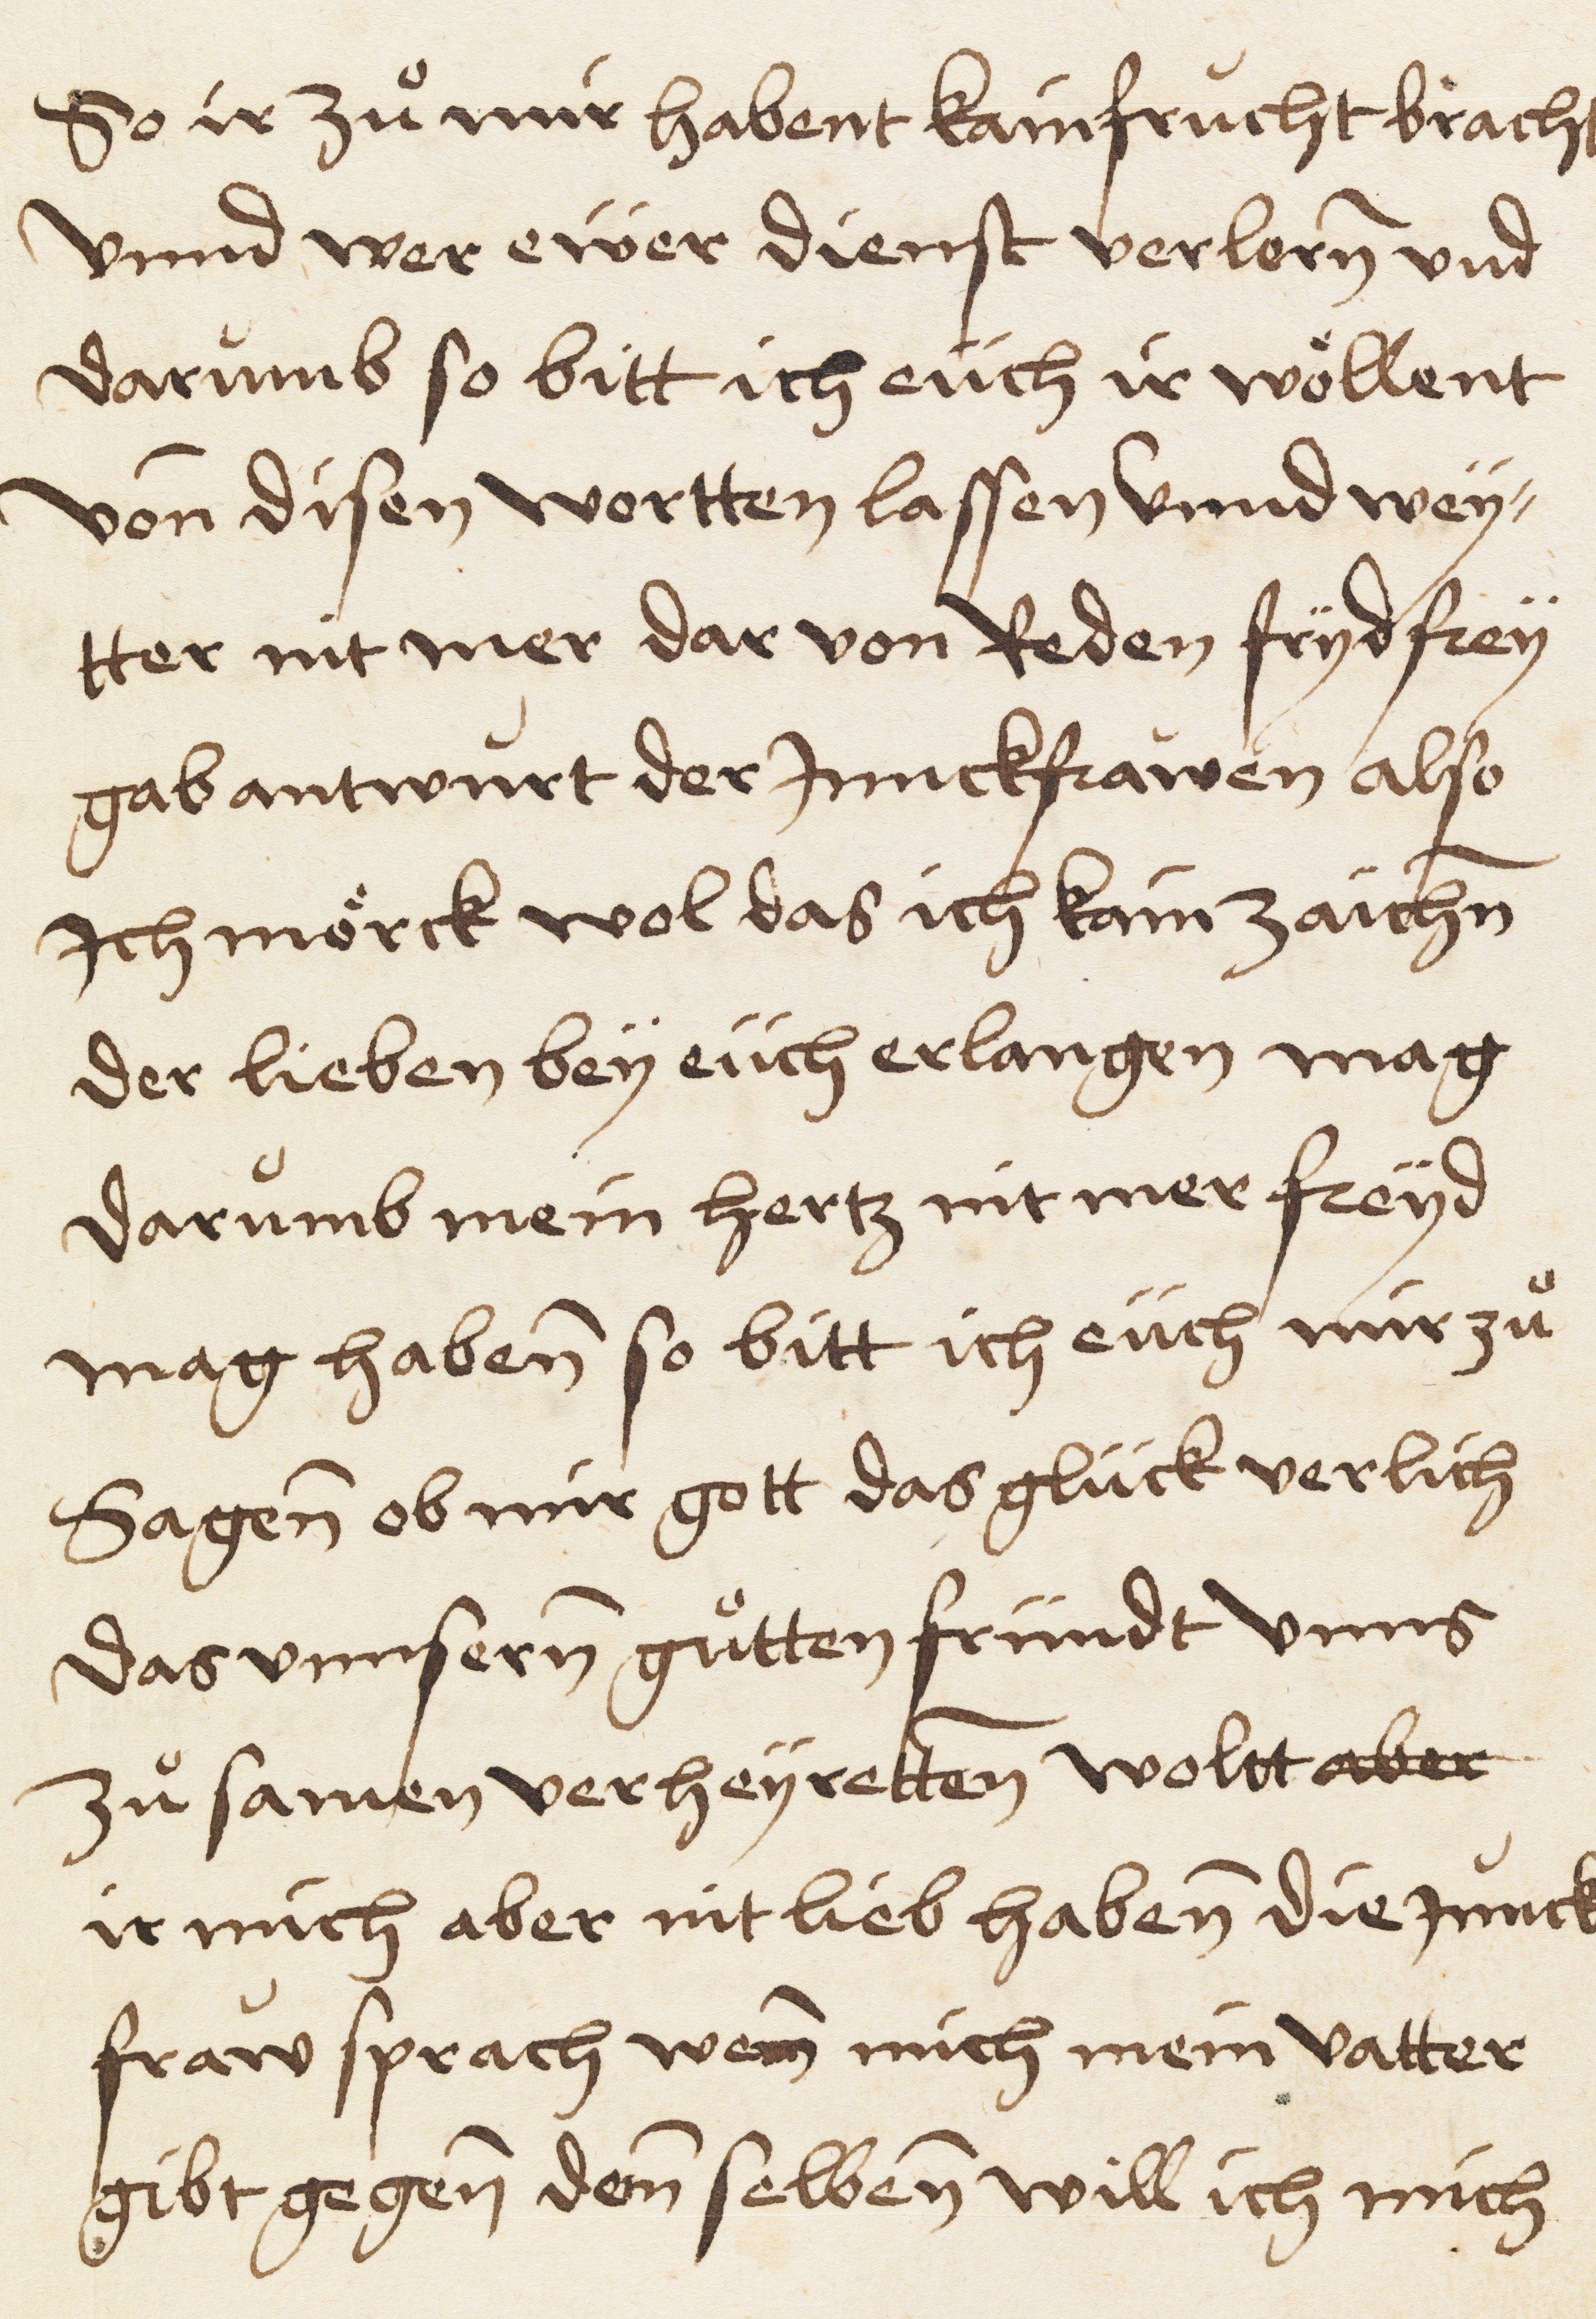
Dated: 1521–1521